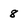
Character: 8